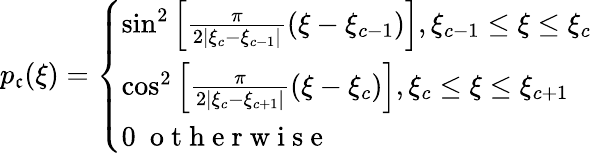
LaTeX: p_{\mathfrak{c}}(\xi)=\left\{ \begin{array}{ll}{\sin^{2}\left[\frac{\pi}{2|\xi_{c}-\xi_{c-1}|}(\xi-\xi_{c-1})\right],\xi_{c-1}\leq\xi\leq\xi_{c}}\\ {\cos^{2}\left[\frac{\pi}{2|\xi_{c}-\xi_{c+1}|}(\xi-\xi_{c})\right],\xi_{c}\leq\xi\leq\xi_{c+1}}\\ {0\ \mathrm{~o~t~h~e~r~w~i~s~e~}}\end{array}\right.